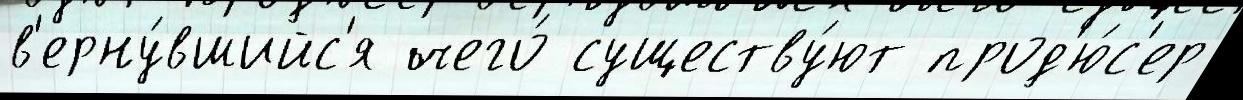
в'ерну́вшийс'я чего́ существу́ют прод'ю́с'ер